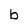
Character: b